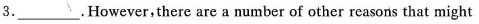
3.___.However, there are a number of other reasons that might